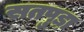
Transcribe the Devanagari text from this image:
सतपुड़ा़